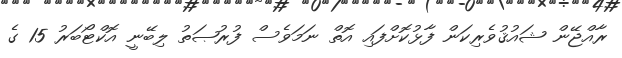
ރާއްޖޭން ޝައުޤުވެރިކަން ފާޅުކޮށްފައި އޮތް ނަމަވެސް ފުރުޞަތު ލިބޭނީ އޮކްޓޯބަރު 15 ގެ